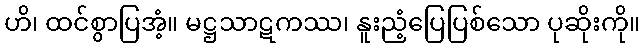
ဟိ၊ ထင်စွာပြအံ့။ မဋ္ဌသာဋကဿ၊ နူးညံ့ပြေပြစ်သော ပုဆိုးကို။